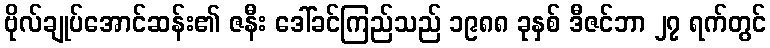
ဗိုလ်ချုပ်အောင်ဆန်း၏ ဇနီး ဒေါ်ခင်ကြည်သည် ၁၉၈၈ ခုနှစ် ဒီဇင်ဘာ ၂၇ ရက်တွင်